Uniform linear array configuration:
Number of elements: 64
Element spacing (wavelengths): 1
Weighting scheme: cosine
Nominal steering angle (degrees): -60
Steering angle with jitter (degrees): -61.731
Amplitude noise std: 0.05
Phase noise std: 0.05

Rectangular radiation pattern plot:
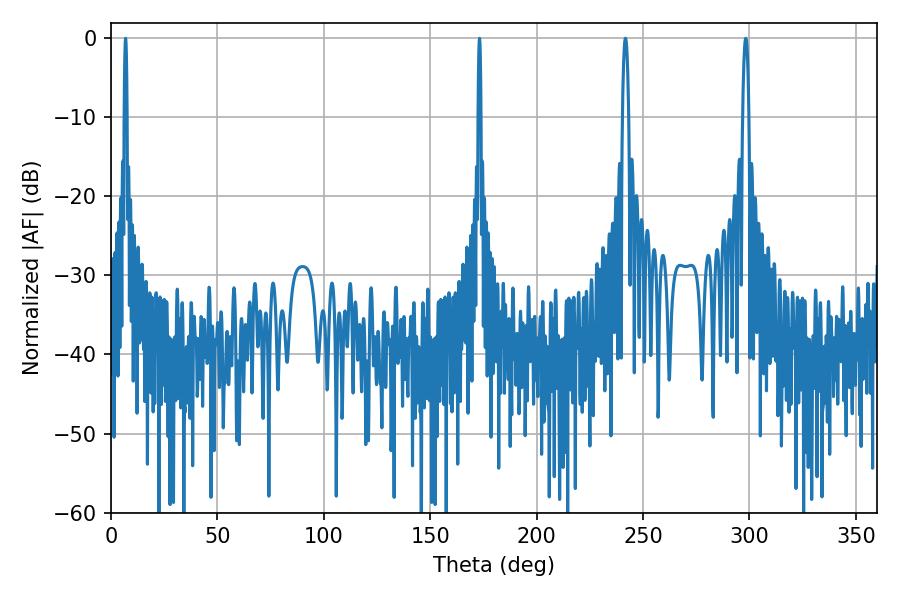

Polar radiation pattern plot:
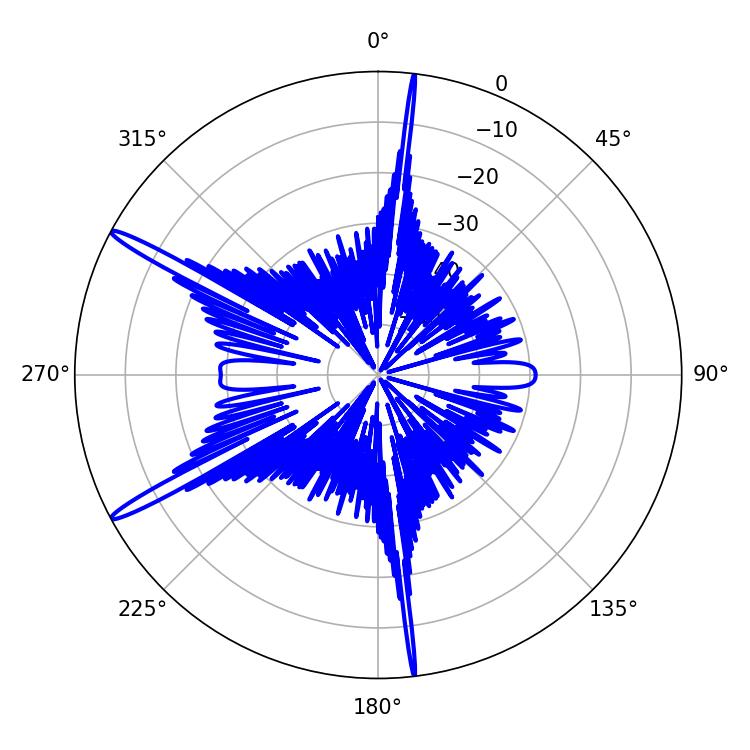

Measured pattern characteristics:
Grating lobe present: TRUE
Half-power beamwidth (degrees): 1.44
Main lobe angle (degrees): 298.26